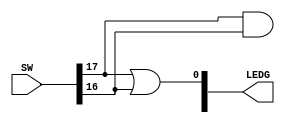
module exemplo2 (SW, LEDG);
input [0:17] SW;
output [0:8] LEDG;

assign LEDG[0] = SW[0] & SW[1];
assign LEDG[8] = SW[0] | SW[1];

endmodule